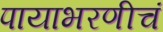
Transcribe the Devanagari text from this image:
पायाभरणीचं